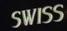
swiss